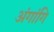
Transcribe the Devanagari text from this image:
अंगांगि